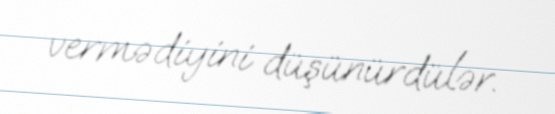
vermədiyini düşünürdülər.